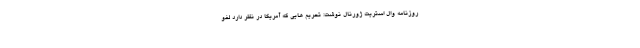
روزنامه وال استریت ژورنال نوشت: تحریم هایی که آمریکا در نظر دارد لغو